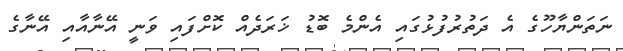
ނަތަންޔާހޫގެ އެ ދަތުރުފުޅުގައި އެންމެ ބޮޑު ޚަރަދެއް ކޮށްފައި ވަނީ އޭނާއާއި އޭނާގެ